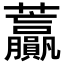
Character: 𧆍